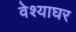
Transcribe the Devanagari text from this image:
वेश्याघर